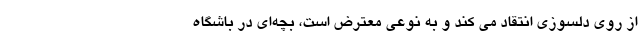
از روی دلسوزی انتقاد می کند و به نوعی معترض است، بچه‌ای در باشگاه